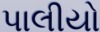
પાલીયો